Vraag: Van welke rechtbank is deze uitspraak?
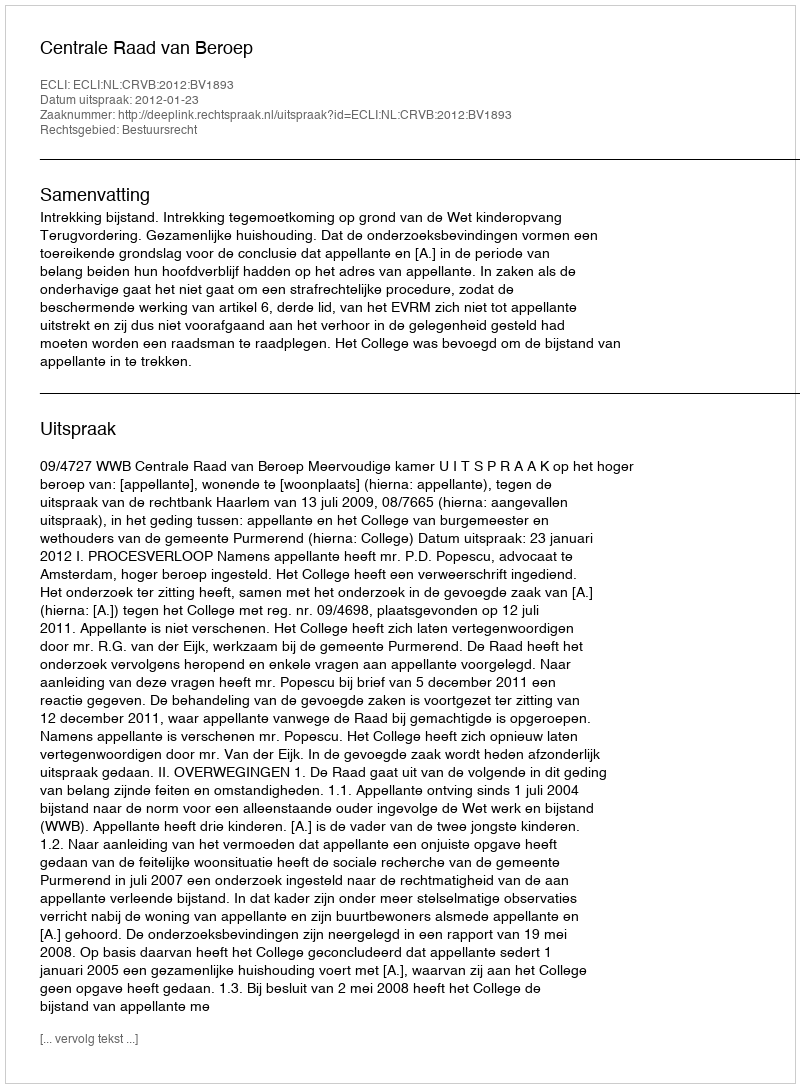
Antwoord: Centrale Raad van Beroep